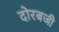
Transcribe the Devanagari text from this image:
दोरबजी